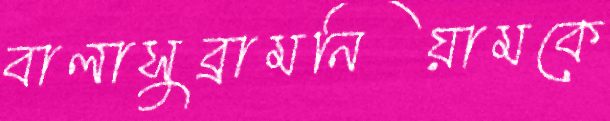
বালাসুব্রামনিয়ামকে